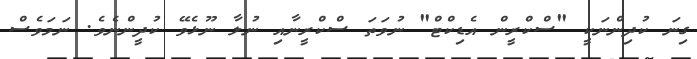
ގިނަ ކުދިންނަކީ "ސްކްރީން އެޑިކްޓް" ނުވަތަ ސްކްރީނާއި ނުލާ ނޫޅެވޭ ކުދީންނެވެ. ނަމަވެސް